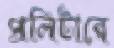
প্রলিটারে